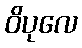
ဝိပုလေ